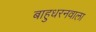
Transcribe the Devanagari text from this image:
बाहुधरनवाला